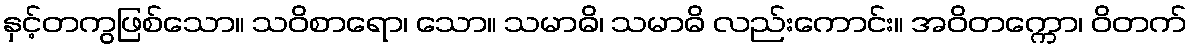
နှင့်တကွဖြစ်သော။ သဝိစာရော၊ သော။ သမာဓိ၊ သမာဓိ လည်းကောင်း။ အဝိတက္ကော၊ ဝိတက်